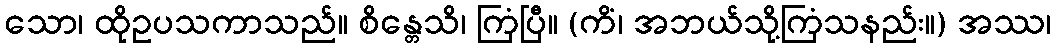
သော၊ ထိုဥပသကာသည်။ စိန္တေသိ၊ ကြံပြီ။ (ကိံ၊ အဘယ်သို့ကြံသနည်း။) အဿ၊